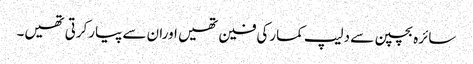
سائرہ بچپن سے دلیپ کمارکی فین تھیں اوران سے پیارکرتی تھیں۔